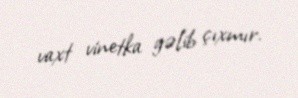
vaxt vinetka gəlib çıxmır.